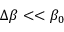
\Delta \beta < < \beta _ { 0 }